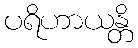
ပရိဟာယန္တိ